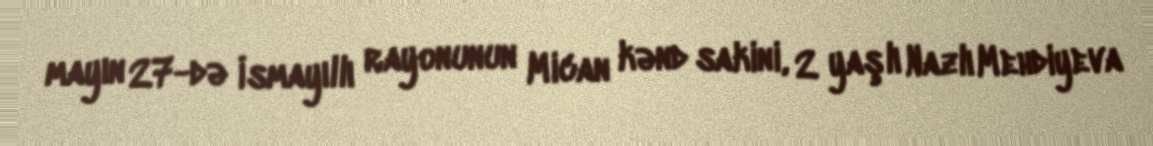
mayın 27-də İsmayıllı rayonunun Mican kənd sakini, 2 yaşlı Nazlı Mehdiyeva